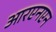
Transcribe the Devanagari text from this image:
आरएनएन